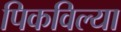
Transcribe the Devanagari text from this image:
पिकविल्या